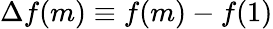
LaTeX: \Delta f(m)\equiv f(m)-f(1)